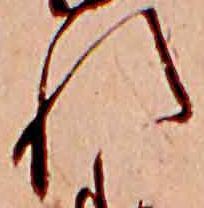
れ